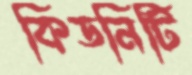
কিডনিটি